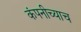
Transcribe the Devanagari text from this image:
कंपनीच्याच